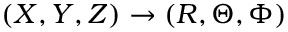
( X , Y , Z ) \rightarrow ( R , \Theta , \Phi )